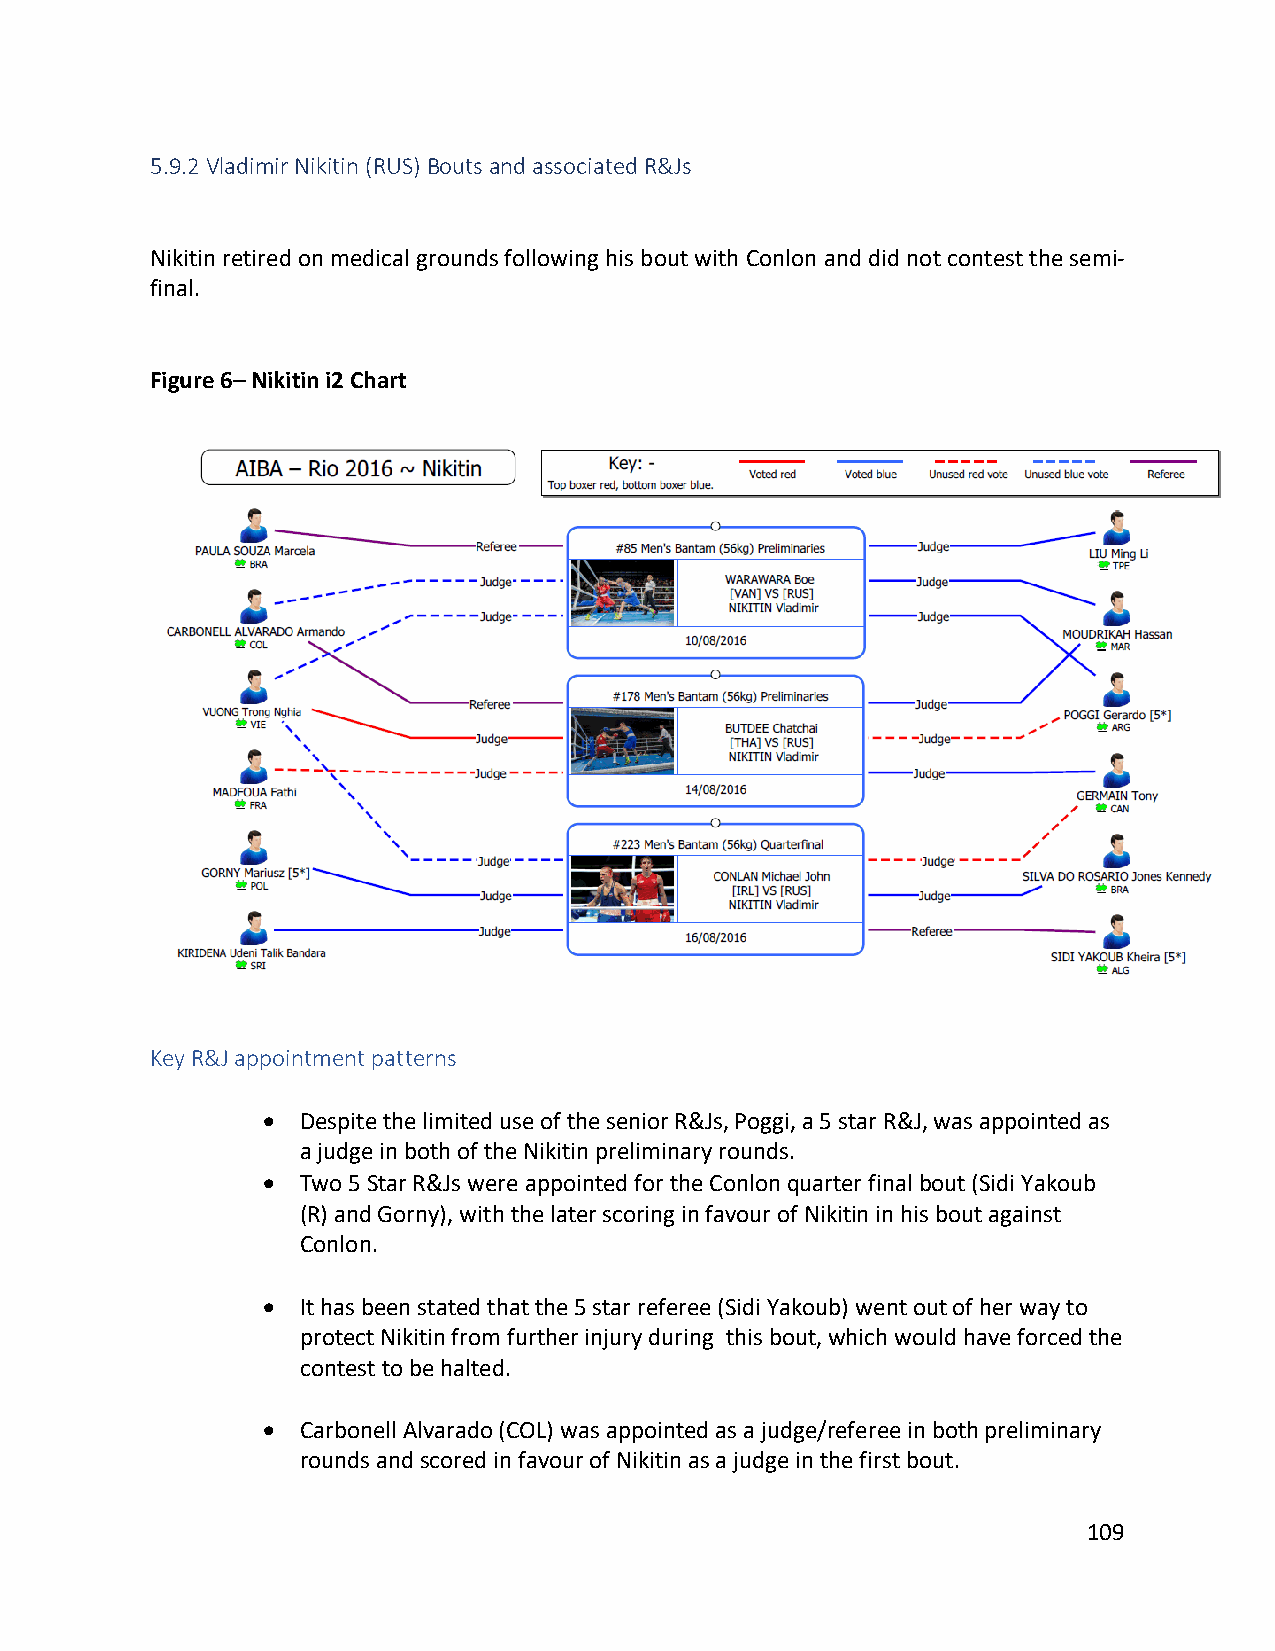
5.9.2 Vladimir Nikitin (RUS) Bouts and associated R&Js
 Nikitin retired on medical grounds following his bout with Conlon and did not contest the semi-
 final.
 Figure 6– Nikitin i2 Chart
 Key R&J appointment patterns
 •  Despite the limited use of the senior R&Js, Poggi, a 5 star R&J, was appointed as
 a judge in both of the Nikitin preliminary rounds.
 •  Two 5 Star R&Js were appointed for the Conlon quarter final bout (Sidi Yakoub
 (R) and Gorny), with the later scoring in favour of Nikitin in his bout against
 Conlon.
 •  It has been stated that the 5 star referee (Sidi Yakoub) went out of her way to
 protect Nikitin from further injury during this bout, which would have forced the
 contest to be halted.
 •  Carbonell Alvarado (COL) was appointed as a judge/referee in both preliminary
 rounds and scored in favour of Nikitin as a judge in the first bout.
 109